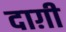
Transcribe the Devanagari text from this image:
दाग़ी